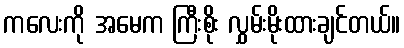
ကလေးကို အမေက ကြီးစိုး လွှမ်းမိုးထားချင်တယ်။